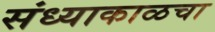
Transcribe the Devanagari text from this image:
संध्याकाळचा